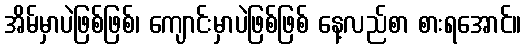
အိမ်မှာပဲဖြစ်ဖြစ်၊ ကျောင်းမှာပဲဖြစ်ဖြစ် နေ့လည်စာ စားရအောင်။